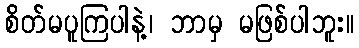
စိတ်မပူကြပါနဲ့၊ ဘာမှ မဖြစ်ပါဘူး။